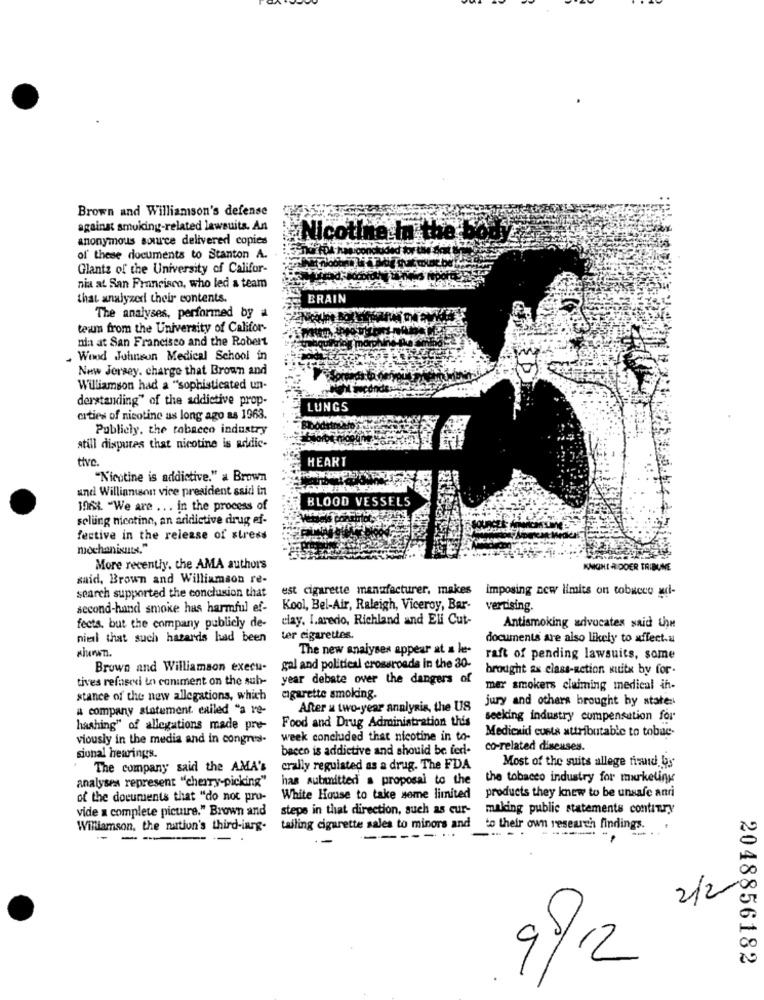
Brown and Williamson's defense
against smoking-related lawsuits. An
anonymous source delivered copies
Nicot
of these documents to Stanton A.
Glantz of the University of Califor-
nia at San Francisco, who led a team
that analyzed their contents.
BRAIN
The analyses, performed by a
telun from the University of Califor-
nia at San Francisco and the Robert
. Wood Johnson Medical School in
New Jersey, charge that Brown and
Williamson had a "sophisticated un-
derstanding" of the addictive prop-
LUNGS
cities of nicotine as long ago as 1963.
Publicly, the tobacco industry
still disputes that nicotine is addic-
tive.
HEART
"Nicotine is addictive." a Brown
und Williamson vice president said in
BLOOD
1968. "We are ... in the process of
selling nicotina, an aridictive drug ef-
festive in the release of stress
mochanixuts."
More recently. the AMA authors
AMMONI A DOER TRIBUNE
said, Brown and Williamson re-
search supported the conclusion that
est cigarette manufacturer. makes
imposing new limits on tobacco audi-
second-hand smoke has harmful ef-
Kool, Bel-Air, Raleigh, Viceroy, Bar-
vertising.
clay. Laredo, Richland and Eli Cut-
fects, but the company publicly de-
Antismoking advocates said the
niel that such hazards had been
ter cigarettes.
documents are also likely to affect.a
The new analyses appear at a le-
raft of pending lawsuits, some
Brown and Williamson execu-
gal and political crossroads in the 30-
brought ax class-action sititx by for-
tives refasci in coniment on the sub-
year debate over the dangers of
mer smokers claiming medical in-
stance of the new allegations, which
cigarette smoking.
jury and others brought by stater
# company statement. called "a re-
After a two-year analysis, the US
seeking industry compensation for
hashing" of allegations made pre-
Food and Drug Administration this
viously in the media and in congres-
week concluded that nicotine in to-
Medicaid costs attributable to tobae-
bacco is addictive and should be fed-
co-related diseases.
siunal hearings.
The company said the AMA's
crally reguisted as a drug. The FDA
Most of the suits allege fiand bs
analyses represent "cherry-picking"
has submitted . proposal to the
the tobacco industry for marketing
of the documents that "do not pro-
White House to take some limited
products they knew to be unsafe anri
vide a complete picture." Brown and
steps in that direction, such as cur-
making public statements contiTry
Williamson, the nation's third-iarg. tailing cigarette sales to minors and to their own research findings.
- --
--
-..
2/2
2048856182
98/12